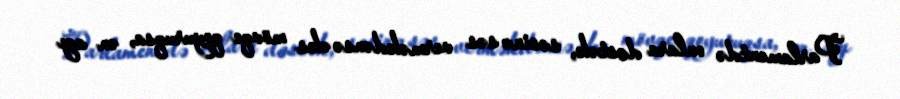
Parlamentdə onlara dəstək, səsinə səs verməkdənsə əks mövqe qoyuruqsa, ən azı